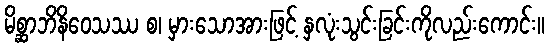
မိစ္ဆာဘိနိဝေသဿ စ၊ မှားသောအားဖြင့် နှလုံးသွင်းခြင်းကိုလည်းကောင်း။